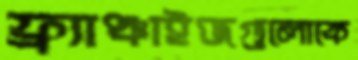
ফ্র্যাঞ্চাইজগুলোকে